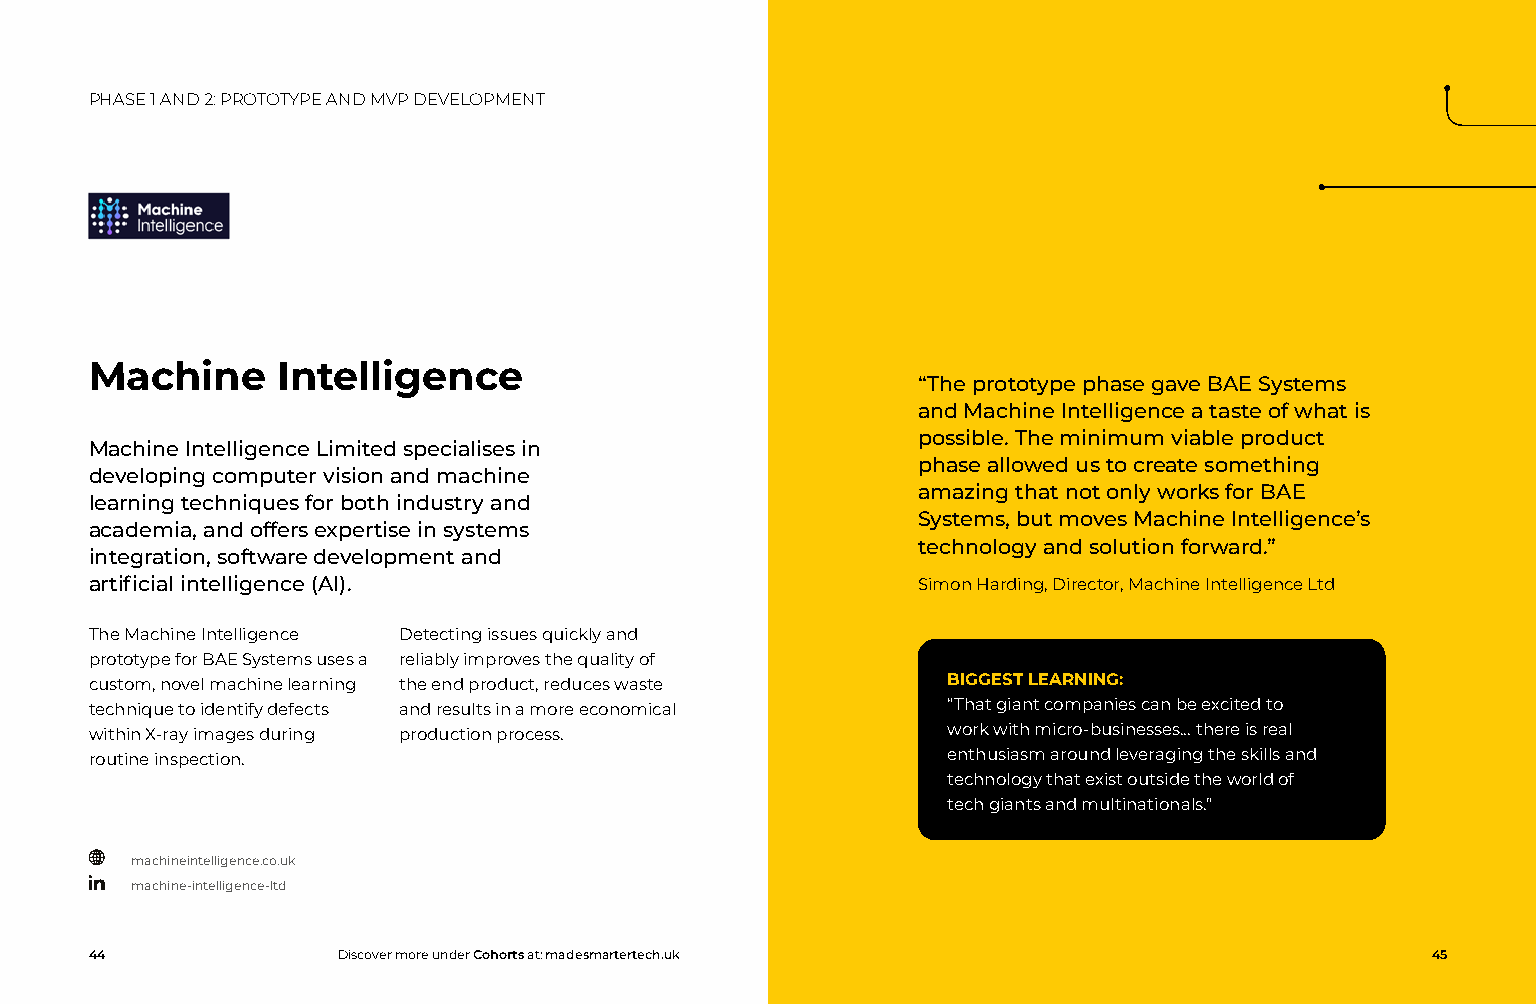
PHASE 1 AND 2: PROTOTYPE AND MVP DEVELOPMENT
 Machine     Intelligence
 “The prototype phase gave BAE Systems
 and Machine Intelligence a taste of what is
 possible. The minimum viable product
 Machine Intelligence Limited specialises in
 phase allowed us to create something
 developing computer vision and machine
 amazing that not only works for BAE
 learning techniques for both industry and
 Systems, but moves Machine Intelligence’s
 academia, and offers expertise in systems
 technology and solution forward.”
 integration, software development and
 artificial intelligence (AI).                          Simon Harding, Director, Machine Intelligence Ltd
 The Machine Intelligence Detecting issues quickly and
 prototype for BAE Systems uses a reliably improves the quality of
 custom, novel machine learning the end product, reduces waste BIGGEST LEARNING:
 technique to identify defects and results in a more economical “That giant companies can be excited to
 within X-ray images during production process.           work with micro-businesses... there is real
 routine inspection.                                      enthusiasm around leveraging the skills and
 technology that exist outside the world of
 tech giants and multinationals.”
 machineintelligence.co.uk
 machine-intelligence-ltd
 44              Discover more under Cohorts at: madesmartertech.uk                       45